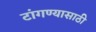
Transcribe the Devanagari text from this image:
टांगण्यासाठी